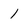
Character: 1